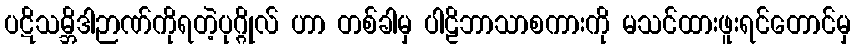
ပဋိသမ္ဘိဒါဉာဏ်ကိုရတဲ့ပုဂ္ဂိုလ် ဟာ တစ်ခါမှ ပါဠိဘာသာစကားကို မသင်ထားဖူးရင်တောင်မှ